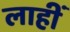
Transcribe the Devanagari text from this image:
लाहीं